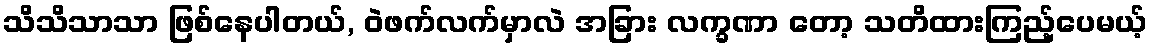
သိသိသာသာ ဖြစ်နေပါတယ်, ဝဲဖက်လက်မှာလဲ အခြား လက္ခဏာ တော့ သတိထားကြည့်ပေမယ့်